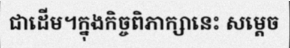
ជាដើម។ក្នុងកិច្ចពិភាក្សានេះ សម្តេច